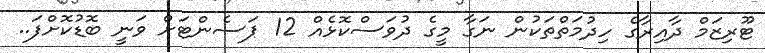
ޓޫރިޒަމް ދާއިރާގެ ހިދުމަތްތަކުން ނަގާ މީގެ ދުވަސްކޮޅެއް 12 ޕަސެންޓަށް ވަނީ ބޮޑުކޮށްފަ..